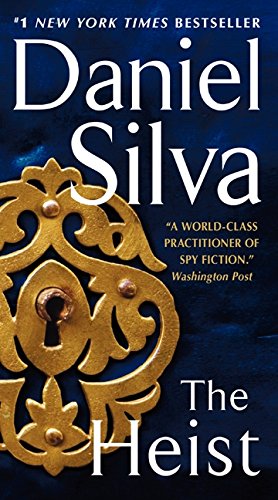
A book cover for The Heist (Gabriel Allon); Daniel Silva; Mystery, Thriller & Suspense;